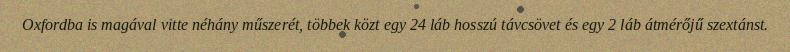
Oxfordba is magával vitte néhány műszerét, többek közt egy 24 láb hosszú távcsövet és egy 2 láb átmérőjű szextánst.